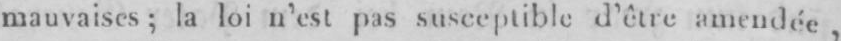
mauvaises; la loi n’est pas susceptible d’être amendée,